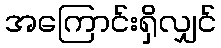
အကြောင်းရှိလျှင်